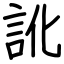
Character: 訛